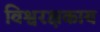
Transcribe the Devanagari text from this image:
विश्वरक्षकाय